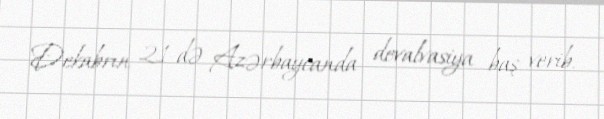
Dekabrın 21-də Azərbaycanda devalvasiya baş verib.